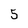
Character: 5